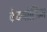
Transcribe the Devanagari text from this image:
कैटाबोलिज्म